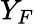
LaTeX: Y_{F}